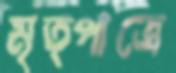
মৃত্পাত্রে